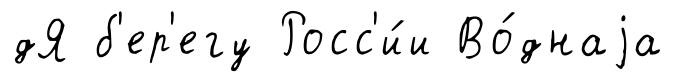
дЯ б'ер'егу Росс'и́и Во́днаjа